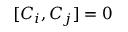
[ C _ { i } , C _ { j } ] = 0